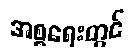
အစ္စရေးတွင်